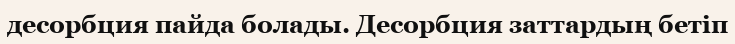
десорбция пайда болады. Десорбция заттардың бетіп